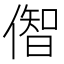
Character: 𫣠